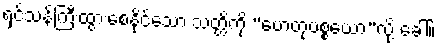
ရှင်သန်ကြီးထွားစေနိုင်သော သတ္တိကို “ဟေတုပစ္စယော”လို့ ခေါ်။